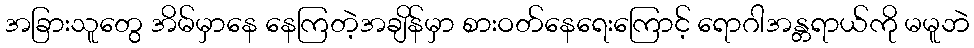
အခြားသူတွေ အိမ်မှာနေ နေကြတဲ့အချိန်မှာ စားဝတ်နေရေးကြောင့် ရောဂါအန္တရာယ်ကို မမူဘဲ